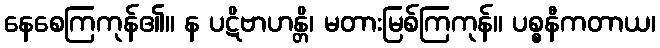
နေစေကြကုန်၏။ န ပဋိဗာဟန္တိ၊ မတားမြစ်ကြကုန်။ ပစ္စနီကတာယ၊